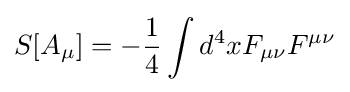
S[A_{\mu }]=-{\frac {1}{4}}\int d^{4}xF_{\mu \nu }F^{\mu \nu }